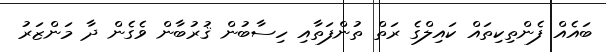
ބައެއް ފެންތިކިތައް ކައިލްގެ ރަތް ތުންފަތާއި ހިސާބުން ޤުރުބާން ވެގެން ދާ މަންޒަރު